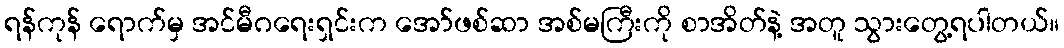
ရန်ကုန် ရောက်မှ အင်မီဂရေးရှင်းက အော်ဖစ်ဆာ အစ်မကြီးကို စာအိတ်နဲ့ အတူ သွားတွေ့ရပါတယ်။